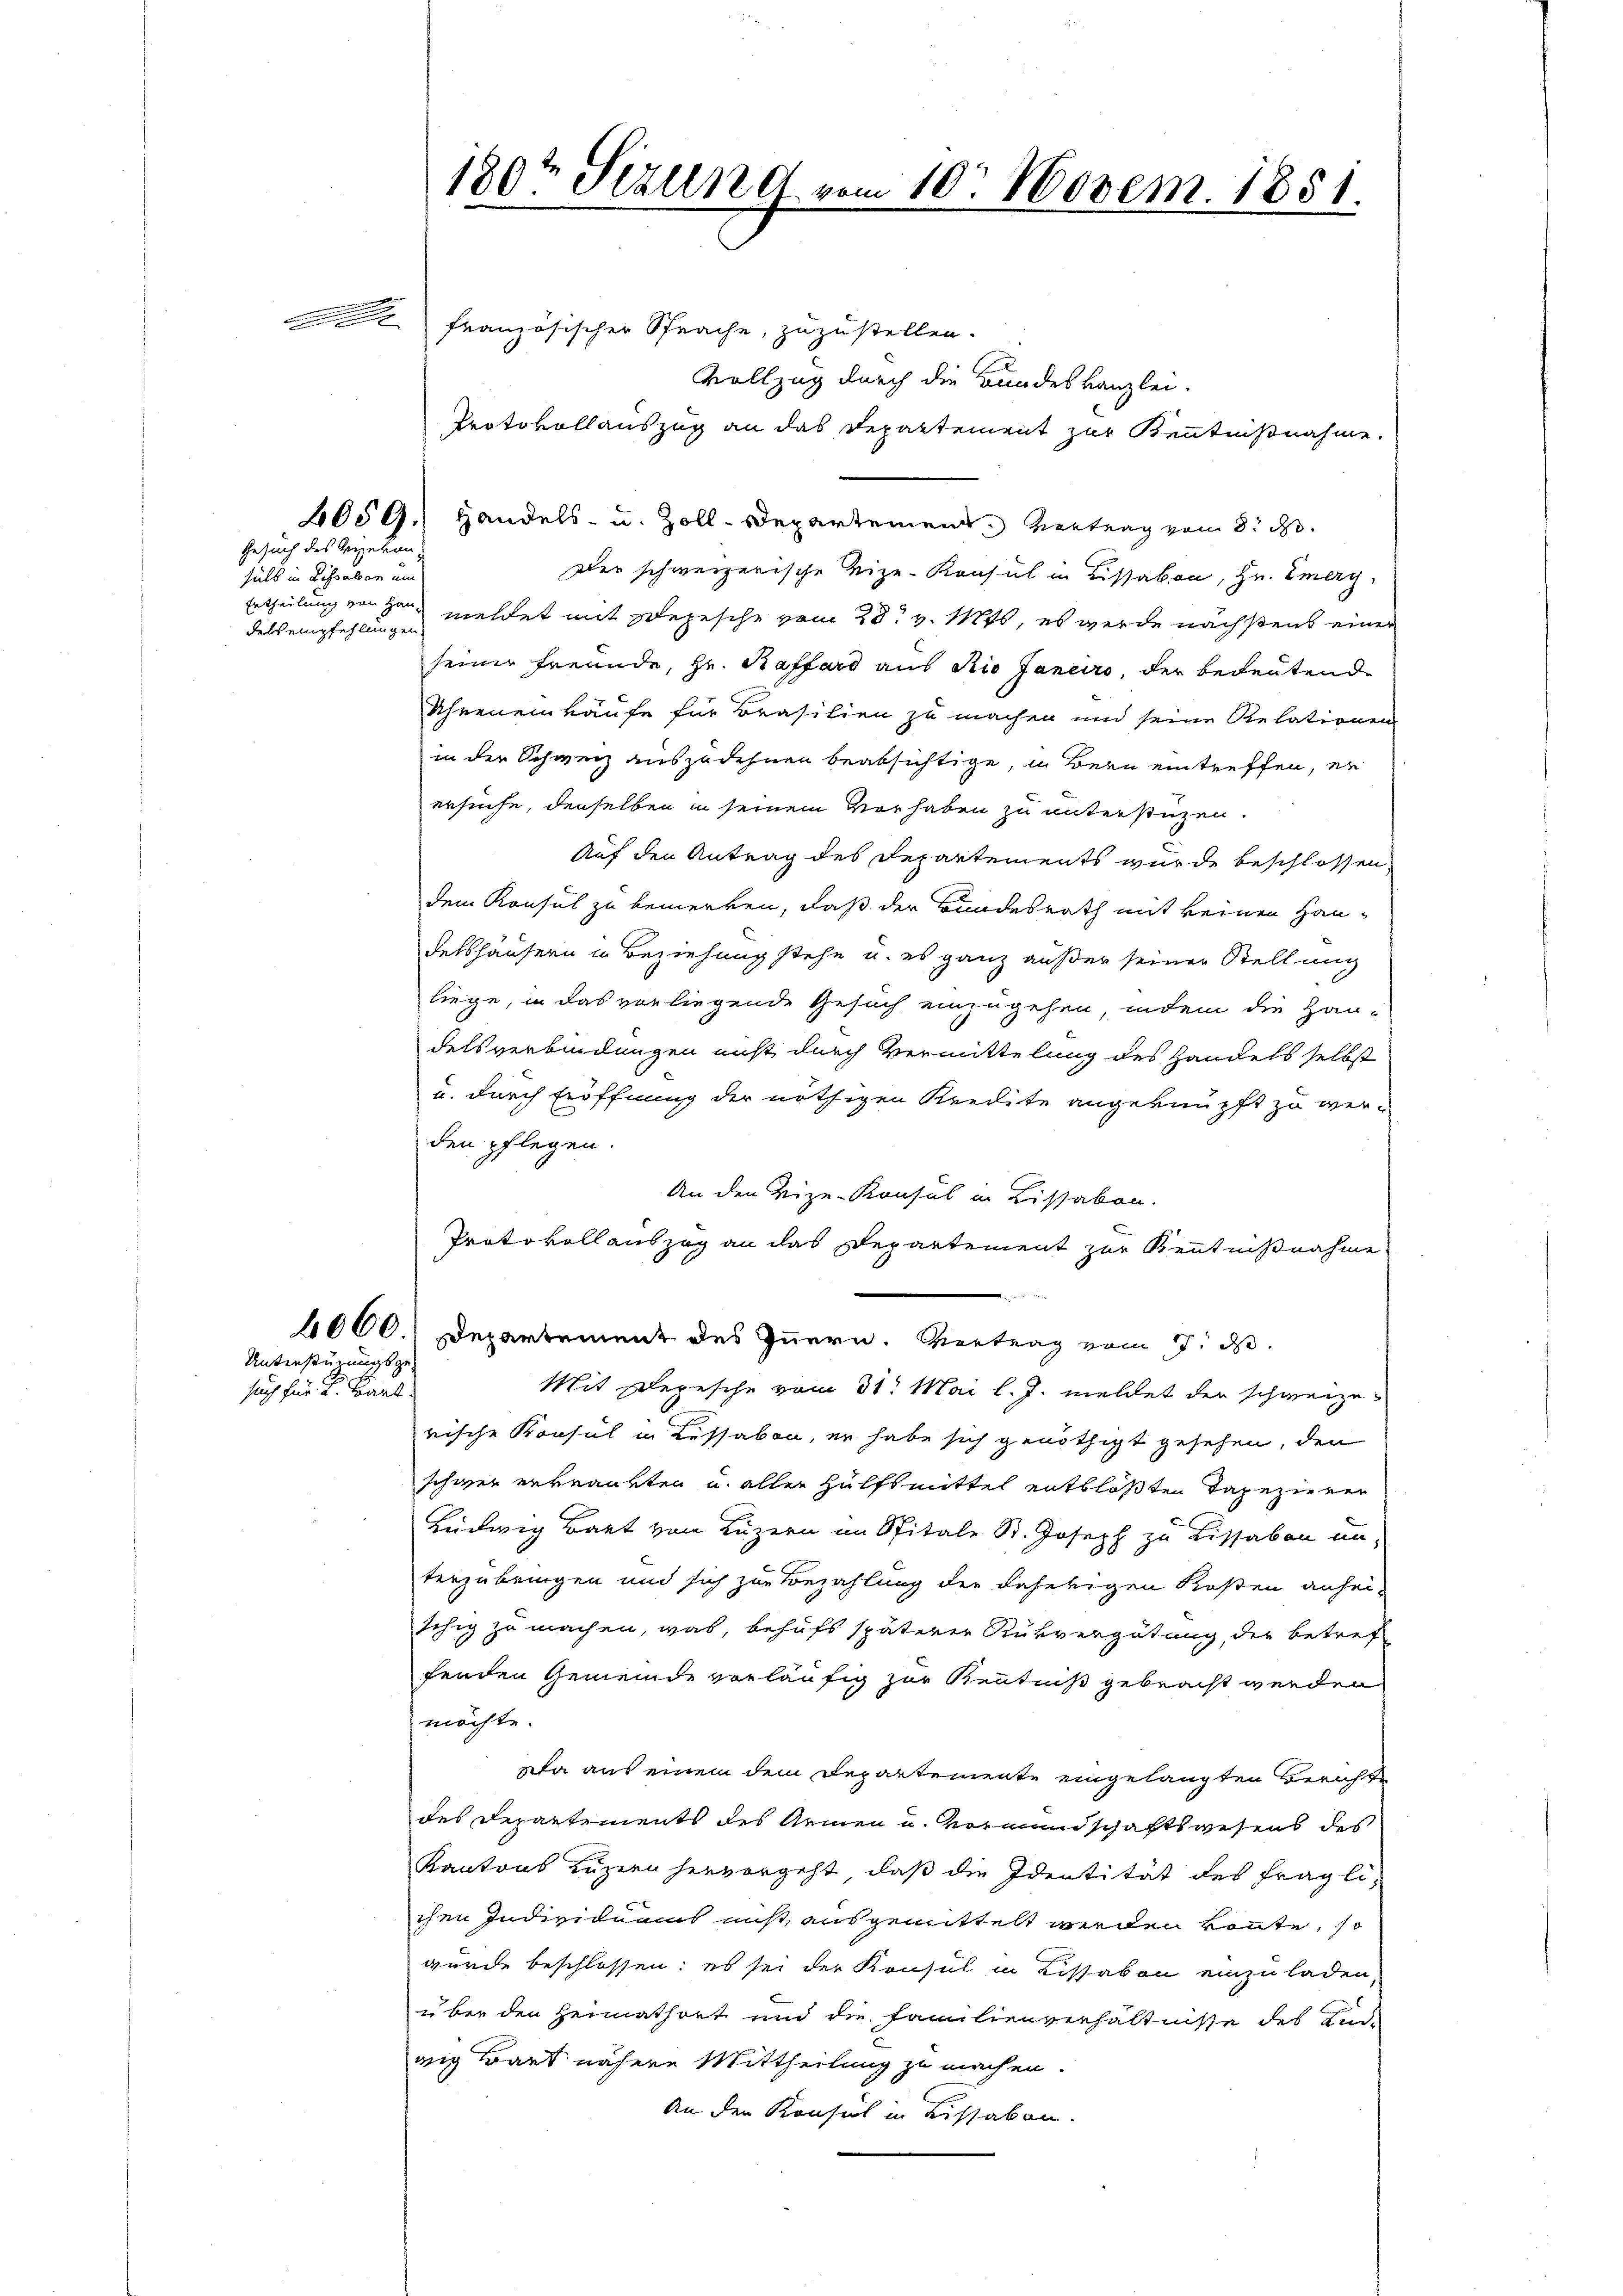
n

Gesuch des Vizekan

halb in Lissabon um
dels empfehlungen

Unterstüzungsgesuch für L. Karl

180t Sizung vom 10. Novem. 1851.

französischer Sprache, zuzustellen.
Vollzug durch die Bundeskanzlei-
Protokollauszug an das Departement zur Kenntnißnahme.
6059.) Handels- u. Zoll-Departement. Vertrag vom 8. d.
Der schweizerische Vize-Konsul in Lissabon, Hr. Emery
Ertheilung von ganz meldet mit Depesche vom 28t v. Mts, es werde nächstens einer
seiner Freunde, Hr. Raffard aus Rio Janeiro, der bedeutend
Uhreneinkäufe für Brasilien zu machen und seine Relationen
in der Schweiz auszudehnen beabsichtige, in Bern eintreffen, er
ersuche, denselben in seinem Vorhaben zu unterstüzen.
Auf den Antrag des Departements wurde beschlossen
dem Konsul zu bemerken, daß der Bundesrath mit keinen Haudetshäusern in Beziehung stehe u. es ganz außer seiner Stellung
liege, in das vorliegende Gesuch einzugehen, indem die Hau-
delsverbindungen nicht durch Vermittelung des Handels selbst
u. durch Eröffnung der nöthigen Kredite angeknüpft zu werden pflegen.
An den Vize-Konsul in Lissabon.
Protokollauszog an das Departement zur Kenntnißnahme.
4000' Departement des Innern. Vertrag vom 7. d.
Mit Depesche vom 31. Mai l. J. meldet der schweizerische Konsul in Lissabon, er habe sich genöthigt gesehen, den
schwer erkrankten u. aller Hülfsmittel entblößten Tapezieren
Ludwig Bart von Luzern im Spitale St. Joseph zu Lissabon un-
terzubringen und sich zur Bezahlung der daherigen Kosten anhei-
schig zu machen, was, behufs späterer Rückvergütung, der betref
fenden Gemeinde verläufig zur Kenntniß gebracht werden
möchte.
Da aus einem dem Departemente eingelangten Berichte
des Departements des Armen u. Vormundschaftswesens des
Kantons Luzern hervorgeht, daß die Identität des fragli-
chen Individuums mis ausgemittelt werden könnte, so
wurde beschlossen: es sei der Konsul in Lissabon einzuladen,
über den Heimathört und die Familienverhältnisse des End-
wig Bart nähere Mittheilung zu machen.
An den Konsul in Lissaben.